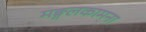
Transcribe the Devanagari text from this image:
मङ्गलकामना